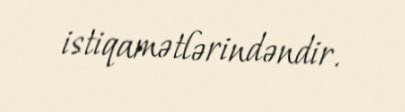
istiqamətlərindəndir.